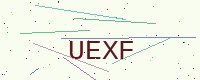
Text: UEXF